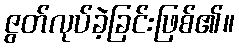
ဇွတ်လုပ်ခဲ့ခြင်းဖြစ်၏။